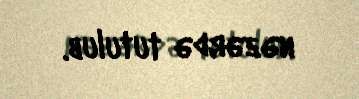
nəzərdə tutulub.